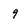
Character: 9